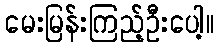
မေးမြန်းကြည့်ဦးပေါ့။